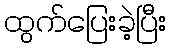
ထွက်ပြေးခဲ့ပြီး